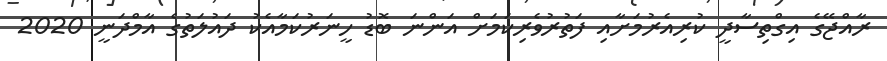
ރާއްޖޭގެ އިގްތިސާދީ ކުރިއެރުމަށާއި ފަތުރުވެރިކަމަށް އަންނަ ބޮޑު ހީނަރުކަމާއެކު ދައުލަތުގެ އާމްދަނީ 2020